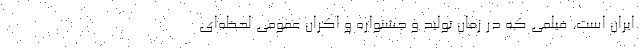
ایران است. فیلمی که در زمان تولید و جشنواره و اکران عمومی لحظه‌ای